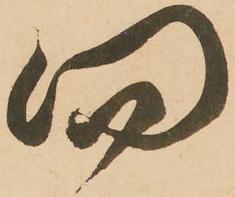
向